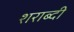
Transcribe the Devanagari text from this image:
शराब्दी